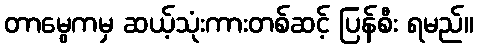
တာမွေကမှ ဆယ့်သုံးကားတစ်ဆင့် ပြန်စီး ရမည်။